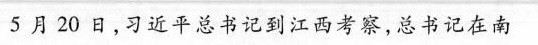
5月20日，习近平总书记到江西考察，总书记在南